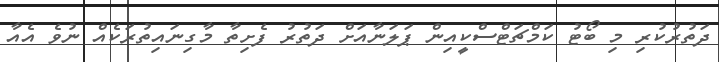
ދަތުރުކުރި މި ބޯޓު ކަމްޗަޓްސްކީއިން ޕަލަނާއަށް ދަތުރު ފެށިތާ މާގިނައިތުރަކެއް ނުވެ އެއާ